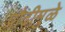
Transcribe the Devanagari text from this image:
प्रौढीमुळे